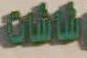
الالات